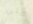
علي